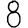
Digit: 8